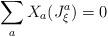
LaTeX: \begin{align*}\sum_a X_a (J^a_\xi)=0 \end{align*}